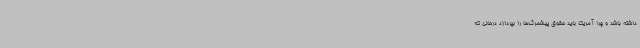
داشته باشد و چرا آمریکا باید حقوق پیشمرگ‌ها را بپردازد درحالی که